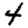
Digit: 4